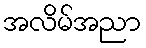
အလိမ်အညာ